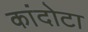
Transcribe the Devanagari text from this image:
कांदोटा